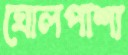
ঘোলপাশা